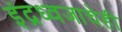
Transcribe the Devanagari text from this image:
इंद्रध्वजाचेही